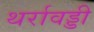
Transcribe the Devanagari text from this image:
थर्रावड्डी